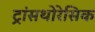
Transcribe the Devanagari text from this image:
ट्रांसथोरेसिक